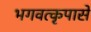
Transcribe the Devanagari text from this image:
भगवत्कृपासे